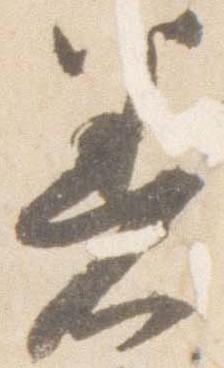
着